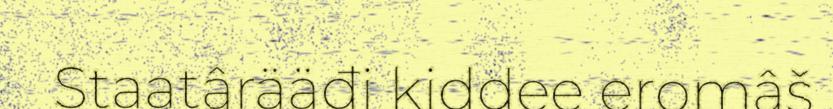
Staatârääđi kiddee eromâš